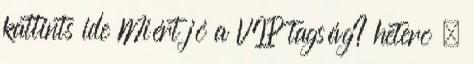
kattints ide Miért jó a VIP tagság? hetero ,